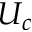
U _ { c }